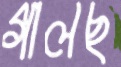
গালছ